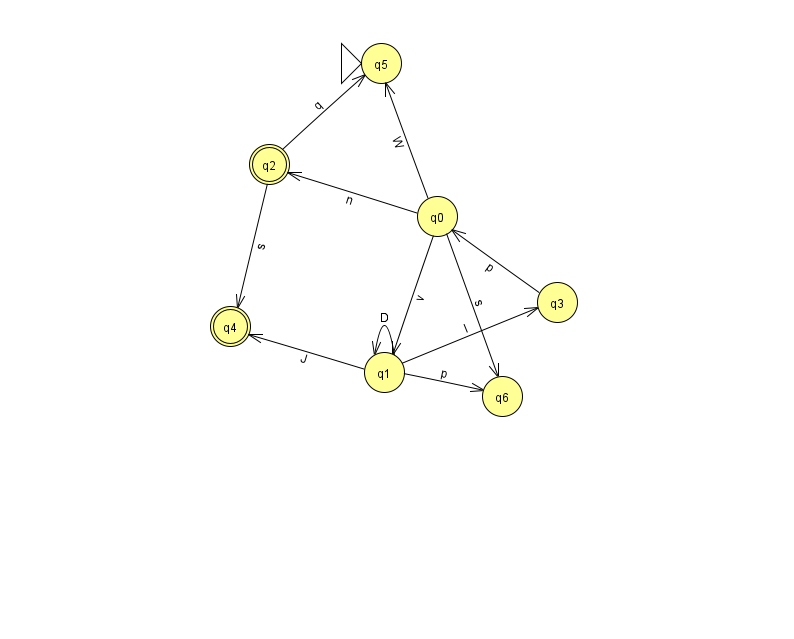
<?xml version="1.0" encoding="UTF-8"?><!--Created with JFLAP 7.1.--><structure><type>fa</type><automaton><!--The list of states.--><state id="0" name="q0"><x>437.0</x><y>203.0</y></state><state id="1" name="q1"><x>384.0</x><y>359.0</y></state><state id="2" name="q2"><x>269.0</x><y>151.0</y><final/></state><state id="3" name="q3"><x>557.0</x><y>289.0</y></state><state id="4" name="q4"><x>230.0</x><y>313.0</y><final/></state><state id="5" name="q5"><x>381.0</x><y>50.0</y><initial/></state><state id="6" name="q6"><x>502.0</x><y>383.0</y></state><!--The list of transitions.--><transition><from>1</from><to>4</to><read>J</read></transition><transition><from>0</from><to>1</to><read>v</read></transition><transition><from>1</from><to>1</to><read>D</read></transition><transition><from>1</from><to>3</to><read>I</read></transition><transition><from>3</from><to>0</to><read>p</read></transition><transition><from>0</from><to>6</to><read>s</read></transition><transition><from>2</from><to>4</to><read>s</read></transition><transition><from>2</from><to>5</to><read>q</read></transition><transition><from>0</from><to>5</to><read>W</read></transition><transition><from>0</from><to>2</to><read>n</read></transition><transition><from>1</from><to>6</to><read>p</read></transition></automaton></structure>